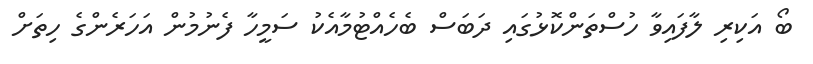
ބޯ އަކިރި ލާފައިވާ ހުސްތަންކޮޅުގައި ދަބަސް ބެހެއްޓުމާއެކު ސަމީހާ ފެނުމުން އަހަރެންގެ ހިތަށް